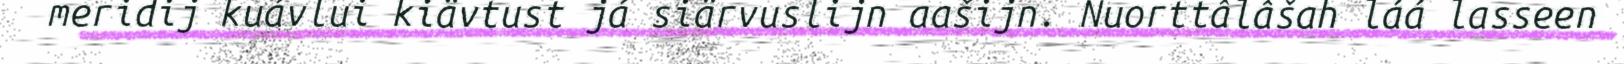
meridij kuávlui kiävtust já siärvuslijn aašijn. Nuorttâlâšah láá lasseen